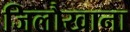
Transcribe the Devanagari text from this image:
जिलौखाना